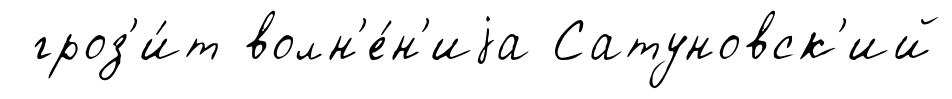
гроз'и́т волн'е́н'иjа Сатуновск'ий